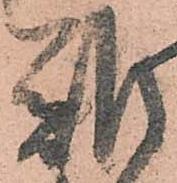
難